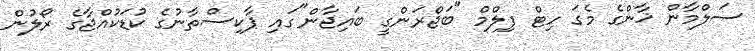
ސަލްމާން ޚާންގެ މެގަ ހިޓް ފިލްމް "ބަޖްރަންގީ ބައިޖާން"ގައި ޕާކިސްތާނުގެ ކުޑަކުއްޖާގެ ރޯލުން